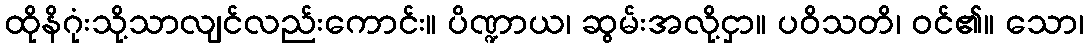
ထိုနိဂုံးသို့သာလျင်လည်းကောင်း။ ပိဏ္ဍာယ၊ ဆွမ်းအလို့ငှာ။ ပဝိသတိ၊ ဝင်၏။ သော၊